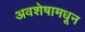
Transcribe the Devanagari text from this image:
अवशेषामधून